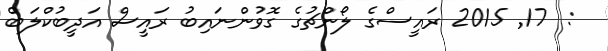
:  17